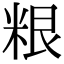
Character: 𮇜